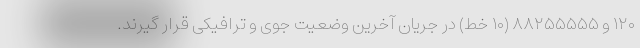
۱۲۰ و ۸۸۲۵۵۵۵۵ (۱۰ خط) در جریان آخرین وضعیت جوی و ترافیکی قرار گیرند.